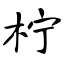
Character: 柠